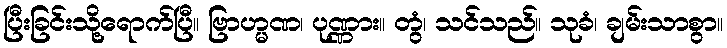
ပြီးခြင်းသို့ရောက်ပြီ။ ဗြာဟ္မဏ၊ ပုဏ္ဏား။ တွံ၊ သင်သည်။ သုခံ၊ ချမ်းသာစွာ။